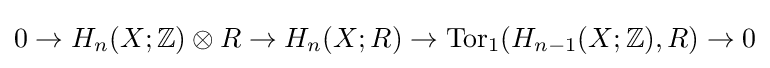
0\to H_{n}(X;\mathbb {Z} )\otimes R\to H_{n}(X;R)\to \mathrm {Tor} _{1}(H_{n-1}(X;\mathbb {Z} ),R)\to 0